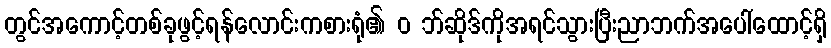
တွင်အကောင့်တစ်ခုဖွင့်ရန်လောင်းကစားရုံ၏ ၀ ဘ်ဆိုဒ်ကိုအရင်သွားပြီးညာဘက်အပေါ်ထောင့်ရှိ